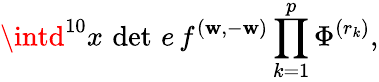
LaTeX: {\intd^{10}x\, \operatorname*{det}\, e\, f^{(\mathbf{w},-\mathbf{w})}\prod_{k=1}^{p}\Phi^{(r_{k})},}